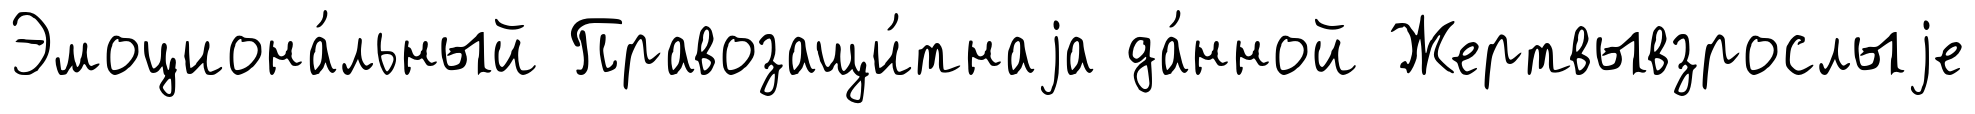
Эмоциона́льный Правозащи́тнаjа да́нной Жертвывзрослыjе